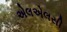
એલએલસી